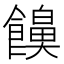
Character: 𮩔